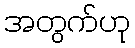
အတွက်ဟု